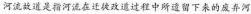
河流故道是指河流在迁徒改道过程中所遗留下来的废弃河